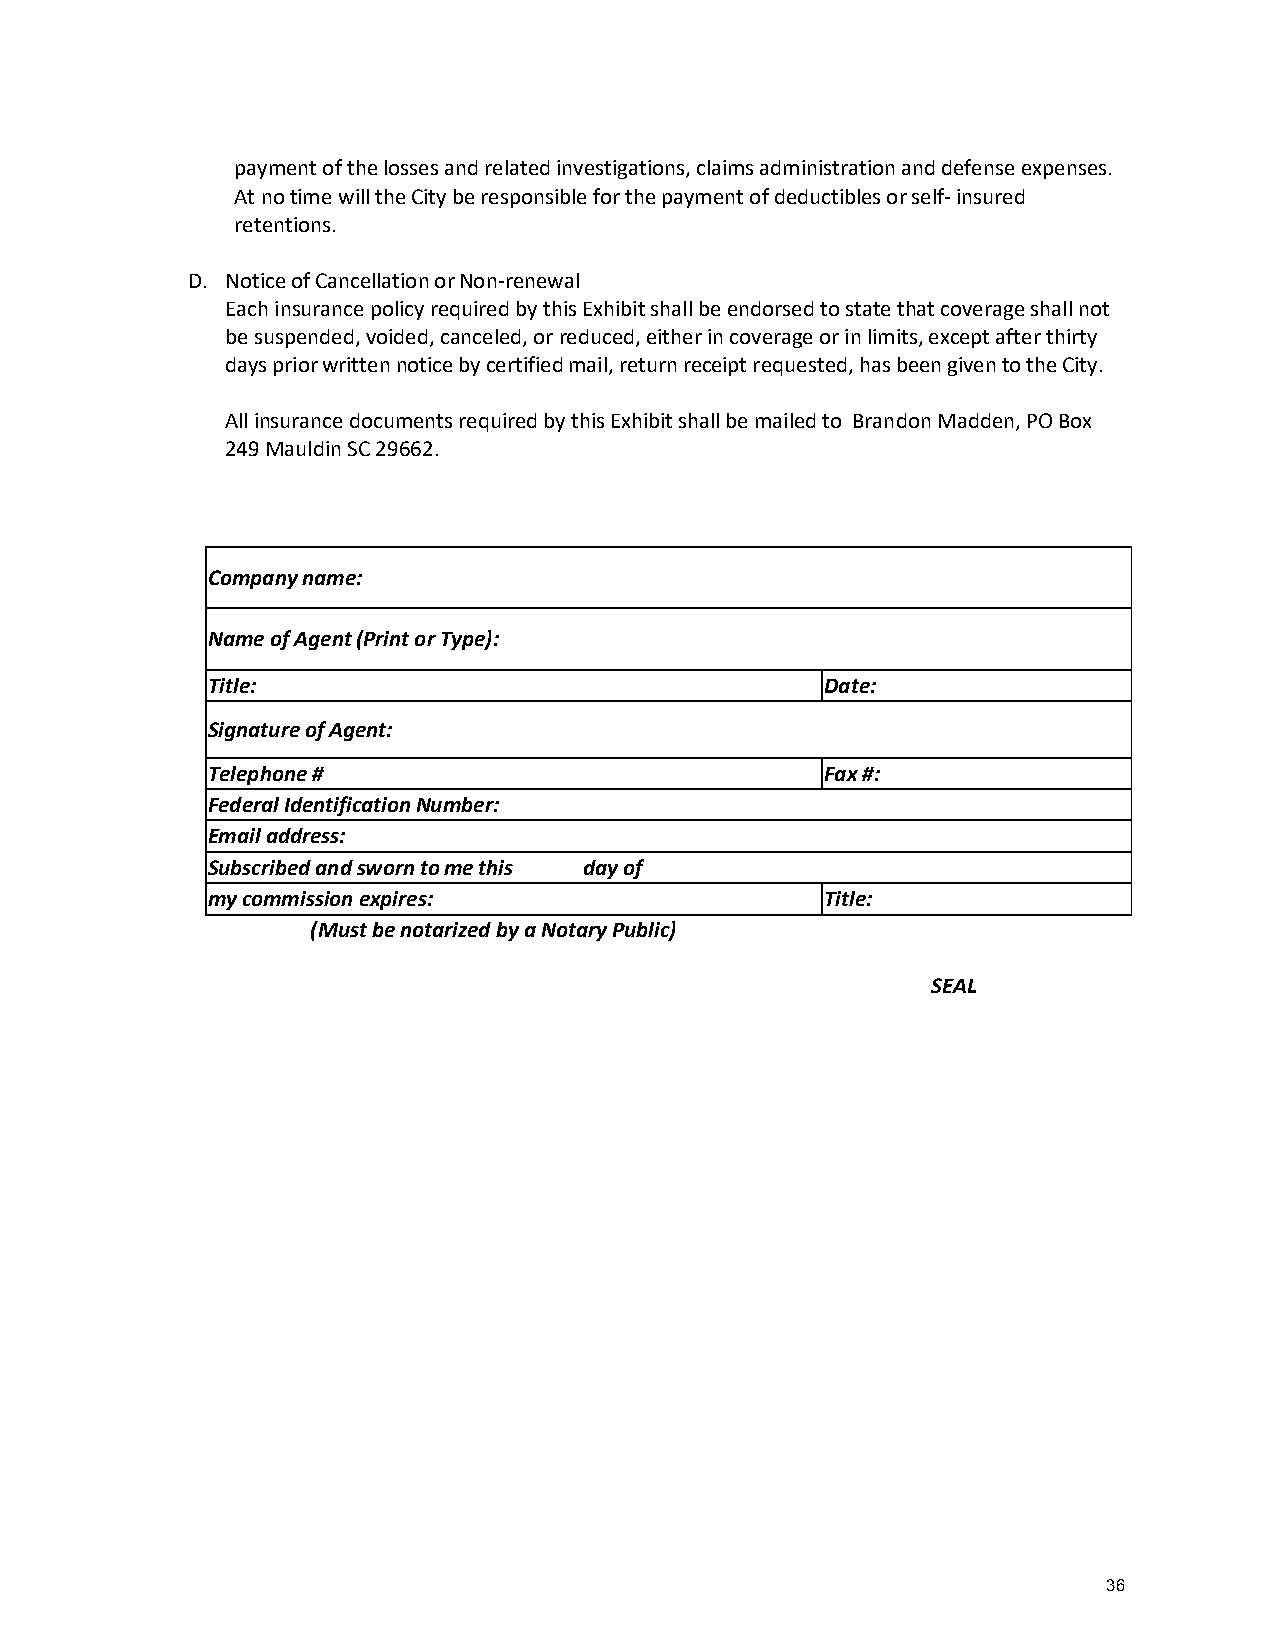
payment of the losses and related investigations, claims administration and defense expenses.
 At no time will the City be responsible for the payment of deductibles or self- insured
 retentions.
 D. Notice of Cancellation or Non-renewal
 Each insurance policy required by this Exhibit shall be endorsed to state that coverage shall not
 be suspended, voided, canceled, or reduced, either in coverage or in limits, except after thirty
 days prior written notice by certified mail, return receipt requested, has been given to the City.
 All insurance documents required by this Exhibit shall be mailed to Brandon Madden, PO Box
 249 Mauldin SC 29662.
 Company name:
 Name of Agent (Print or Type):
 Title:                                   Date:
 Signature of Agent:
 Telephone #                              Fax #:
 Federal Identification Number:
 Email address:
 Subscribed and sworn to me this day of
 my commission expires:                   Title:
 (Must be notarized by a Notary Public)
 SEAL
 36